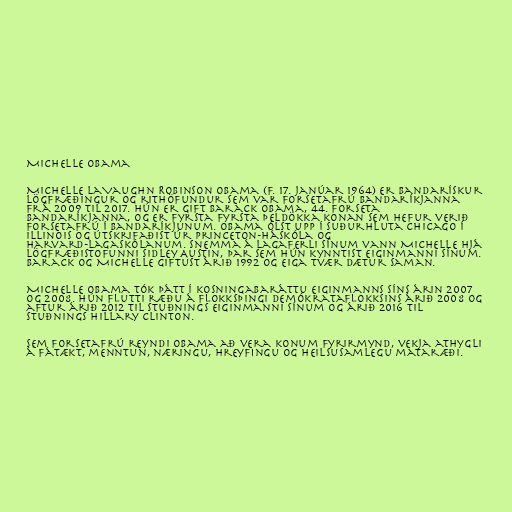
Michelle Obama

Michelle LaVaughn Robinson Obama (f. 17. janúar 1964) er bandarískur
lögfræðingur og rithöfundur sem var forsetafrú Bandaríkjanna
frá 2009 til 2017. Hún er gift Barack Obama, 44. forseta
Bandaríkjanna, og er fyrsta fyrsta þeldökka konan sem hefur verið
forsetafrú í Bandaríkjunum. Obama ólst upp í suðurhluta Chicago í
Illinois og útskrifaðist úr Princeton-háskóla og
Harvard-lagaskólanum. Snemma á lagaferli sínum vann Michelle hjá
lögfræðistofunni Sidley Austin, þar sem hún kynntist eiginmanni sínum.
Barack og Michelle giftust árið 1992 og eiga tvær dætur saman.

Michelle Obama tók þátt í kosningabaráttu eiginmanns síns árin 2007
og 2008. Hún flutti ræðu á flokksþingi Demókrataflokksins árið 2008 og
aftur árið 2012 til stuðnings eiginmanni sínum og árið 2016 til
stuðnings Hillary Clinton.

Sem forsetafrú reyndi Obama að vera konum fyrirmynd, vekja athygli
á fátækt, menntun, næringu, hreyfingu og heilsusamlegu mataræði.